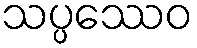
သပ္ပဿေဝ